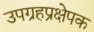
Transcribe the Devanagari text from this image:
उपग्रहप्रक्षेपक